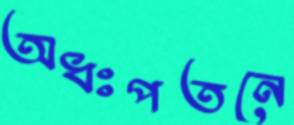
অধঃপতনে